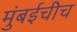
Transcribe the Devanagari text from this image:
मुंबईचीच